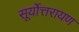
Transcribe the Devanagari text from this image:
सूर्योत्तरायण